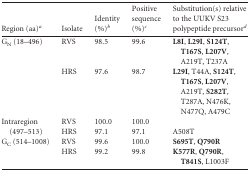
<table><thead><tr><td><b>Region (aa)<sup><i>a</i></sup></b></td><td><b>Isolate</b></td><td><b>Identity (%)<sup><i>b</i></sup></b></td><td><b>Positive sequence (%)<sup><i>c</i></sup></b></td><td><b>Substitution(s) relative to the UUKV S23 polypeptide precursor<sup><i>d</i></sup></b></td></tr></thead><tbody><tr><td>G<sub>N</sub> (18–496)</td><td>RVS</td><td>98.5</td><td>99.6</td><td><b>L8I</b>, <b>L29I</b>, <b>S124T</b>, <b>T167S</b>, <b>L207V</b>, A219T, T237A</td></tr><tr><td></td><td>HRS</td><td>97.6</td><td>98.7</td><td><b>L29I</b>, T44A, <b>S124T</b>, <b>T167S</b>, <b>L207V</b>, A219T, <b>S282T</b>, T287A, N476K, N477Q, A479C</td></tr><tr><td>Intraregion</td><td>RVS</td><td>100.0</td><td>100.0</td><td></td></tr><tr><td>(497–513)</td><td>HRS</td><td>97.1</td><td>97.1</td><td>A508T</td></tr><tr><td>G<sub>C</sub> (514–1008)</td><td>RVS</td><td>99.6</td><td>100.0</td><td><b>S695T</b>, <b>Q790R</b></td></tr><tr><td></td><td>HRS</td><td>99.2</td><td>99.8</td><td><b>K577R</b>, <b>Q790R</b>, <b>T841S</b>, L1003F</td></tr></tbody></table>